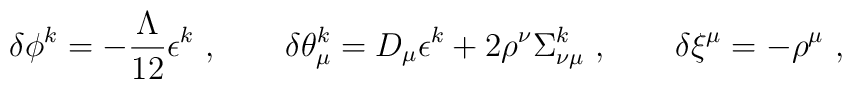
\delta \phi^k = - \frac{\Lambda}{12} \epsilon^k \ ,\qquad  \delta \theta_{\mu}^k = D_{\mu} \epsilon^k                      + 2  \rho^{\nu} \Sigma_{\nu \mu}^k \ ,\qquad    \delta \xi^{\mu} = - \rho^{\mu} \ ,